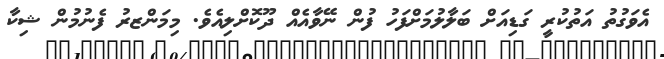
އެވަގުތު އަތުކުރީ ގަޑިއަށް ބަލާލުމަށްފަހު ފުން ނޭވާއެއް ދޫކޮށްލިއެވެ. މިމަންޒރު ފެނުމުން ޝިކާ